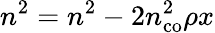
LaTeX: n^{2}=n^{2}-2n_{\mathrm{co}}^{2}\rho x